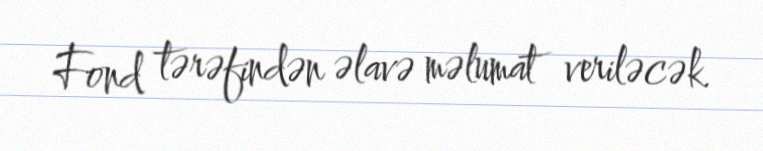
Fond tərəfindən əlavə məlumat veriləcək.